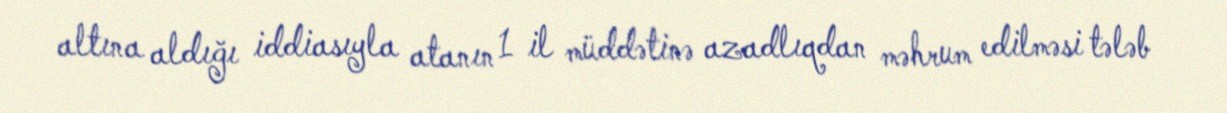
altına aldığı iddiasıyla atanın 1 il müddətinə azadlıqdan məhrum edilməsi tələb